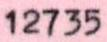
12735